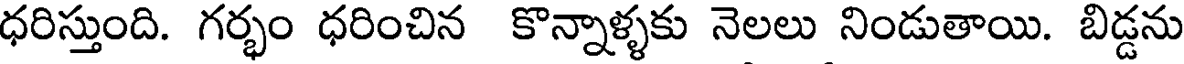
ధరిస్తుంది. గర్భం ధరించిన కొన్నాళ్ళకు నెలలు నిండుతాయి. బిడ్డను